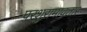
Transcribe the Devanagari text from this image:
परशुरामावतार